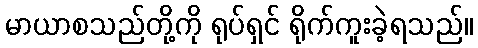
မာယာစသည်တို့ကို ရုပ်ရှင် ရိုက်ကူးခဲ့ရသည်။